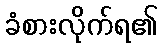
ခံစားလိုက်ရ၏